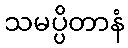
သမပ္ပိတာနံ